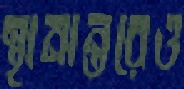
স্থানান্তরেও